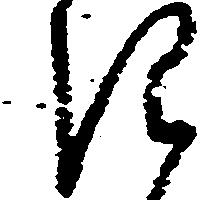
き